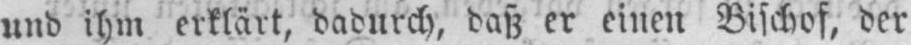
und ihm erklärt, dadurch, daß er einen Bischof, der